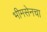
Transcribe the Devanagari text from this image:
भीमसेनचा